Leaving Certificate Examination (including Day School Certificate (Higher) General paper), 1936
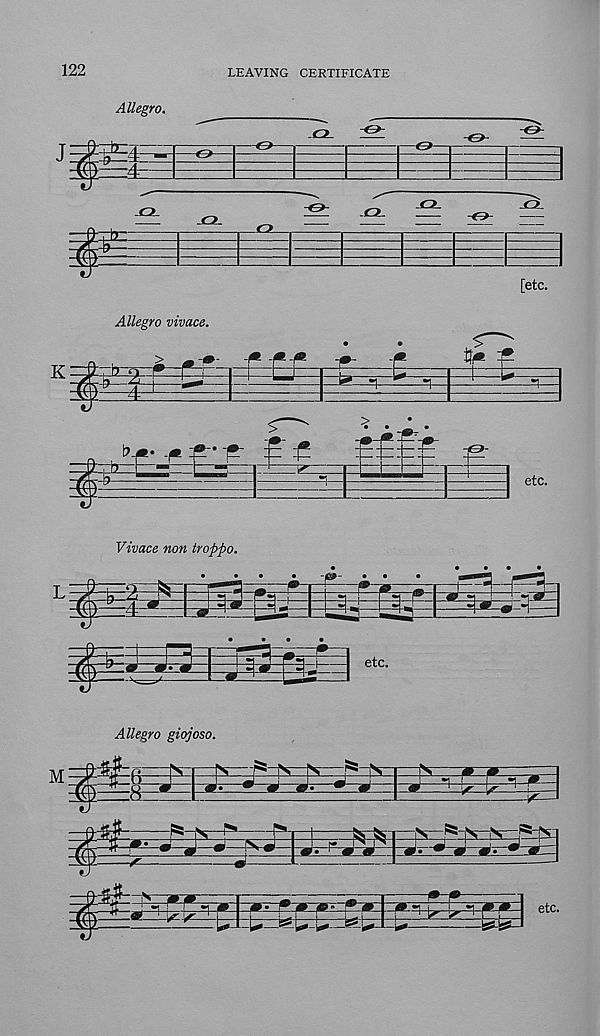
122
LEAVING CERTIFICATE
Allegro.
[etc.
K
m
Allegro vivace.
±=£r-
£
etc.
Vivace non troppo.
•
•
^ *2-* I
CiT I' 5 '-'
P
a m.m
etc.
Allegro giojoso.
■ A
etc.
U-L-l—